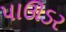
પાઊડર